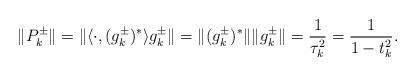
LaTeX: \begin{align*}\|P_k^\pm\| = \| \langle \cdot, (g_k^\pm)^* \rangle g_k^\pm \| = \|(g_k^\pm)^*\| \|g_k^\pm \| = \frac{1}{\tau_k^2} = \frac{1}{1 - t_k^2}.\end{align*}